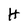
Character: H